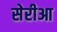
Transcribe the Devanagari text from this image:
सेरीआ